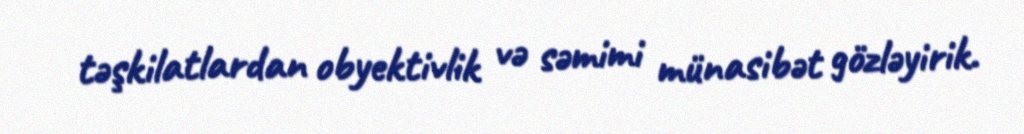
təşkilatlardan obyektivlik və səmimi münasibət gözləyirik.